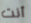
أنت